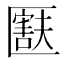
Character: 𫧚